Subject: math
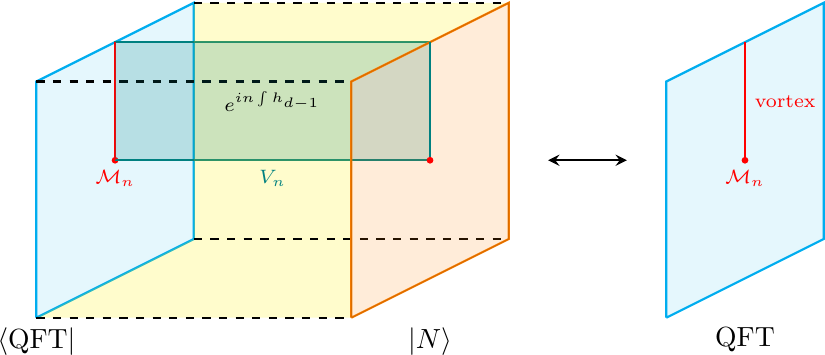
LaTeX code:
    \begin{tikzpicture}[baseline={([yshift=-1ex]current bounding box.center)},vertex/.style={anchor=base,
    circle,fill=black!25,minimum size=18pt,inner sep=2pt},scale=1]
        \draw[cyan, thick] (0,0) -- (0,3) -- (2,4) -- (2,1) -- (0,0);
        \draw[cyan, thick, fill = cyan, opacity = 0.1] (0,0) -- (0,3) -- (2,4) -- (2,1) -- (0,0);

        \filldraw[red] (1,2) circle (1pt);
        \draw[teal, thick] (1,2) -- (5,2) -- (5,3.5) -- (1,3.5) -- (1,2);

        \draw[red, thick] (1,2) -- (1,3.5);

        \fill[yellow, opacity = 0.2] (0,0) -- (4,0) -- (4,1) -- (2,1) -- (0,0);
        \fill[yellow, opacity = 0.2] (2,1) -- (4,1) -- (4,3) -- (2,3) -- (2,1);
        \fill[yellow, opacity = 0.2] (2,3) -- (4,3) -- (6,4) -- (2,4) -- (2,3);

        \draw[black, thick, dashed] (0,0) -- (4,0);
        \draw[black, thick, dashed] (2,1) -- (6,1);
        \draw[black, thick, dashed] (0,3) -- (4,3);
        \draw[black, thick, dashed] (2,4) -- (6,4);
        \fill[teal, opacity = 0.2] (1,2) -- (5,2) -- (5,3.5) -- (1,3.5) -- (1,2);

        \draw[orange, thick] (4,0) -- (4,3) -- (6,4) -- (6,1) -- (4,0);
        \draw[fill = orange, opacity = 0.15] (4,0) -- (4,3) -- (6,4) -- (6,1) -- (4,0);

        \node[below] at (5,0) {$|N\rangle$};
        \node[below] at (0,0) {$\langle {\rm QFT}|$};
        \draw[teal, thick] (5,2) -- (5,3.5);

        \draw[black, thick, stealth-stealth] (6.5,2) -- (7.5,2);

        \draw[cyan, thick] (8,0) -- (8,3) -- (10,4) -- (10,1) -- (8,0);
        \draw[cyan, thick, fill = cyan, opacity = 0.1] (8,0) -- (8,3) -- (10,4) -- (10,1) -- (8,0);
        \draw[red, thick] (9,2) -- (9,3.5);
        \filldraw[red] (9,2) circle (1pt);
        \node[below, red] at (9,2) {\scriptsize $\mathcal{M}_n$};
        \filldraw[red] (5,2) circle (1pt);
        \node[right, red] at (9,2.75) {\scriptsize vortex};
        \node[below] at (9,0) {QFT};
        \node[red, below] at (1,2) {\scriptsize $\mathcal{M}_n$};
        \node[teal, below] at (3,2) {\scriptsize $V_n$};
        \node[black, below] at (3,3) {\scriptsize $e^{in\int h_{d-1}}$};
    \end{tikzpicture}